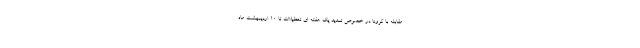
مقابله با کرونا در خصوص تمدید یک هفته ای تعطیلات تا ۱۰ اردیبهشت ماه